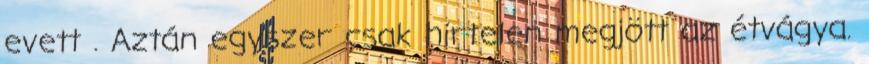
evett . Aztán egyszer csak hirtelen megjött az étvágya.